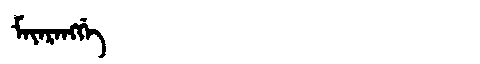
Manchu: ᠮᠠᠶᠠᡵᠠᠩᡤᡝ
Romanization: MAYARANGGE